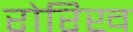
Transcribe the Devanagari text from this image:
रोरिख